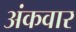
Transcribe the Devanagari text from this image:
अंकवार